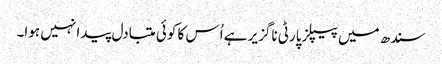
سندھ میں پیپلزپارٹی ناگزیر ہے اُس کا کوئی متبادل پیدا نہیں ہوا۔